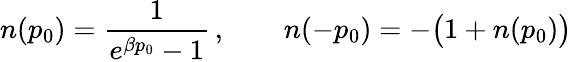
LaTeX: n(p_{0})={\frac{1}{e^{\beta p_{0}}-1}}\, ,\qquad n(-p_{0})=-\bigl(1+n(p_{0})\bigr)